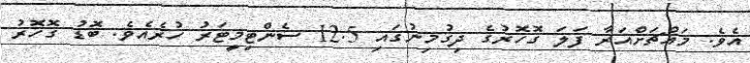
އެވެ. މައްޗަށްއަރާ ފަލަ ގޮހޮރުގެ ދިގުމިނުގައި 12.5 ސެންޓިމީޓަރު ހުރެއެވެ. ބޮޑު ގޮހޮރު